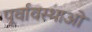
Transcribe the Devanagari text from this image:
पूर्वावस्थाओं